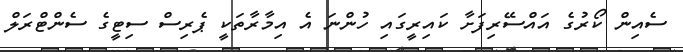
ސެއިން ކޯރުގެ އައްސޭރިފަށާ ކައިރީގައި ހުންނަ އެ އިމާރާތަކީ ޕެރިސް ސިޓީގެ ސެންޓްރަލް